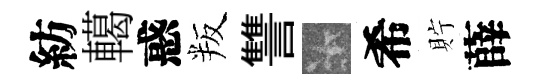
紡轕惑叛讐卡希貯薛